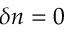
\delta n = 0